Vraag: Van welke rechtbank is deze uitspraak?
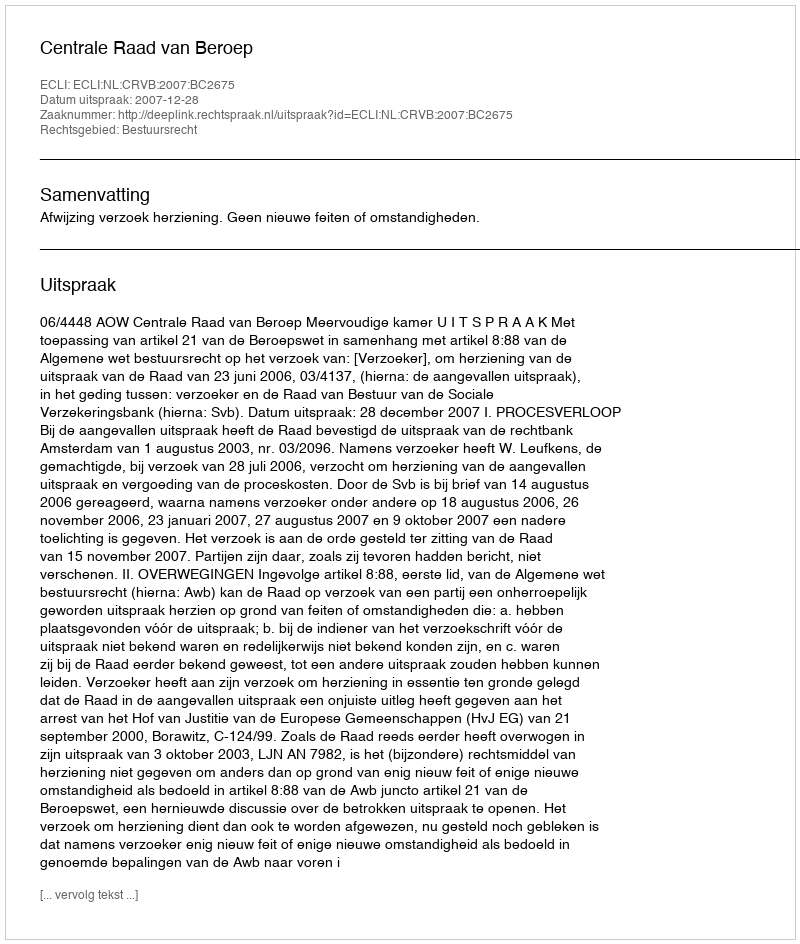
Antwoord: Centrale Raad van Beroep